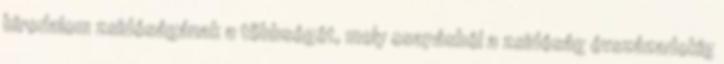
birodalom zsidóságának a többségét, mely csapásból a zsidóság évszázadokig